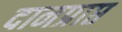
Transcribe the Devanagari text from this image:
दानप्राप्त